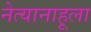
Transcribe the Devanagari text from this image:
नेत्यानाहूला